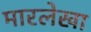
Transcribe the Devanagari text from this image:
मारलेखा